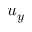
u _ { y }